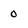
Character: 0